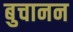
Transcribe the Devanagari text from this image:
बुचानन